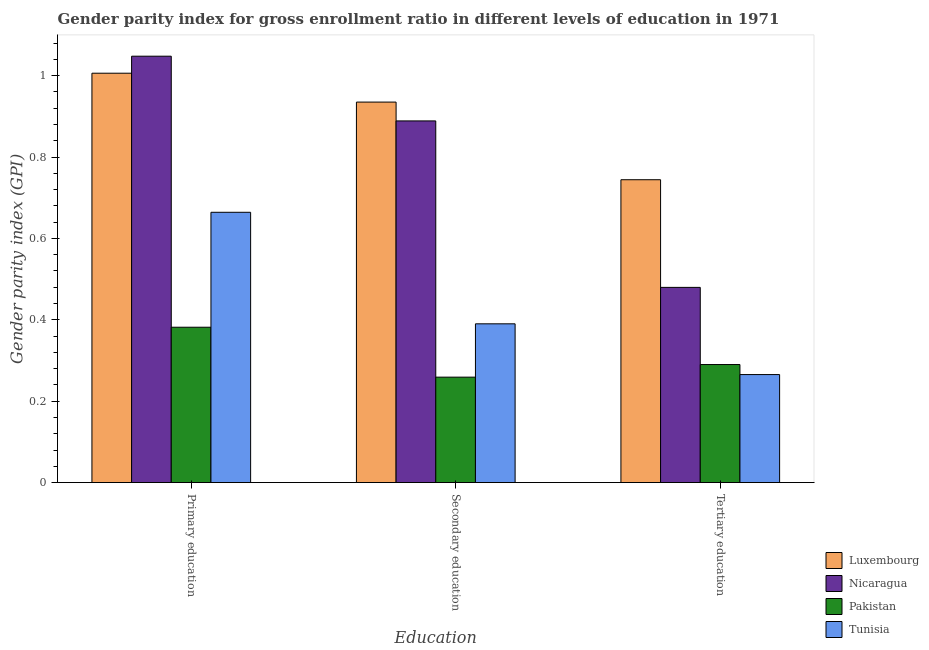
| Education | Luxembourg | Nicaragua | Pakistan | Tunisia |
 | --- | --- | --- | --- | --- |
 | Primary education | 1.01 | 1.05 | 0.382 | 0.664 |
 | Secondary education | 0.935 | 0.889 | 0.259 | 0.39 |
 | Tertiary education | 0.744 | 0.48 | 0.29 | 0.265 |